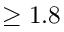
\geq 1 . 8